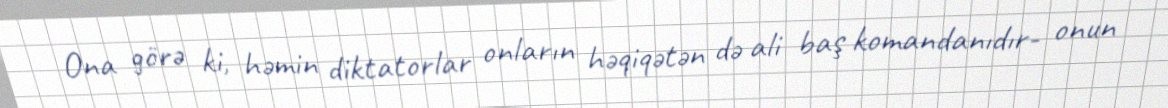
Ona görə ki, həmin diktatorlar onların həqiqətən də ali baş komandanıdır- onun